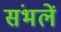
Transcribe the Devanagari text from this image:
संभलें